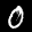
Label: 0